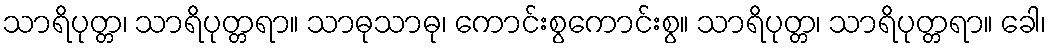
သာရိပုတ္တ၊ သာရိပုတ္တရာ။ သာဓုသာဓု၊ ကောင်းစွကောင်းစွ။ သာရိပုတ္တ၊ သာရိပုတ္တရာ။ ခေါ၊